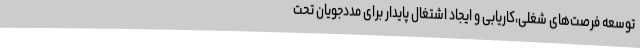
توسعه فرصت‌های شغلی،کاریابی و ایجاد اشتغال پایدار برای مددجویان تحت